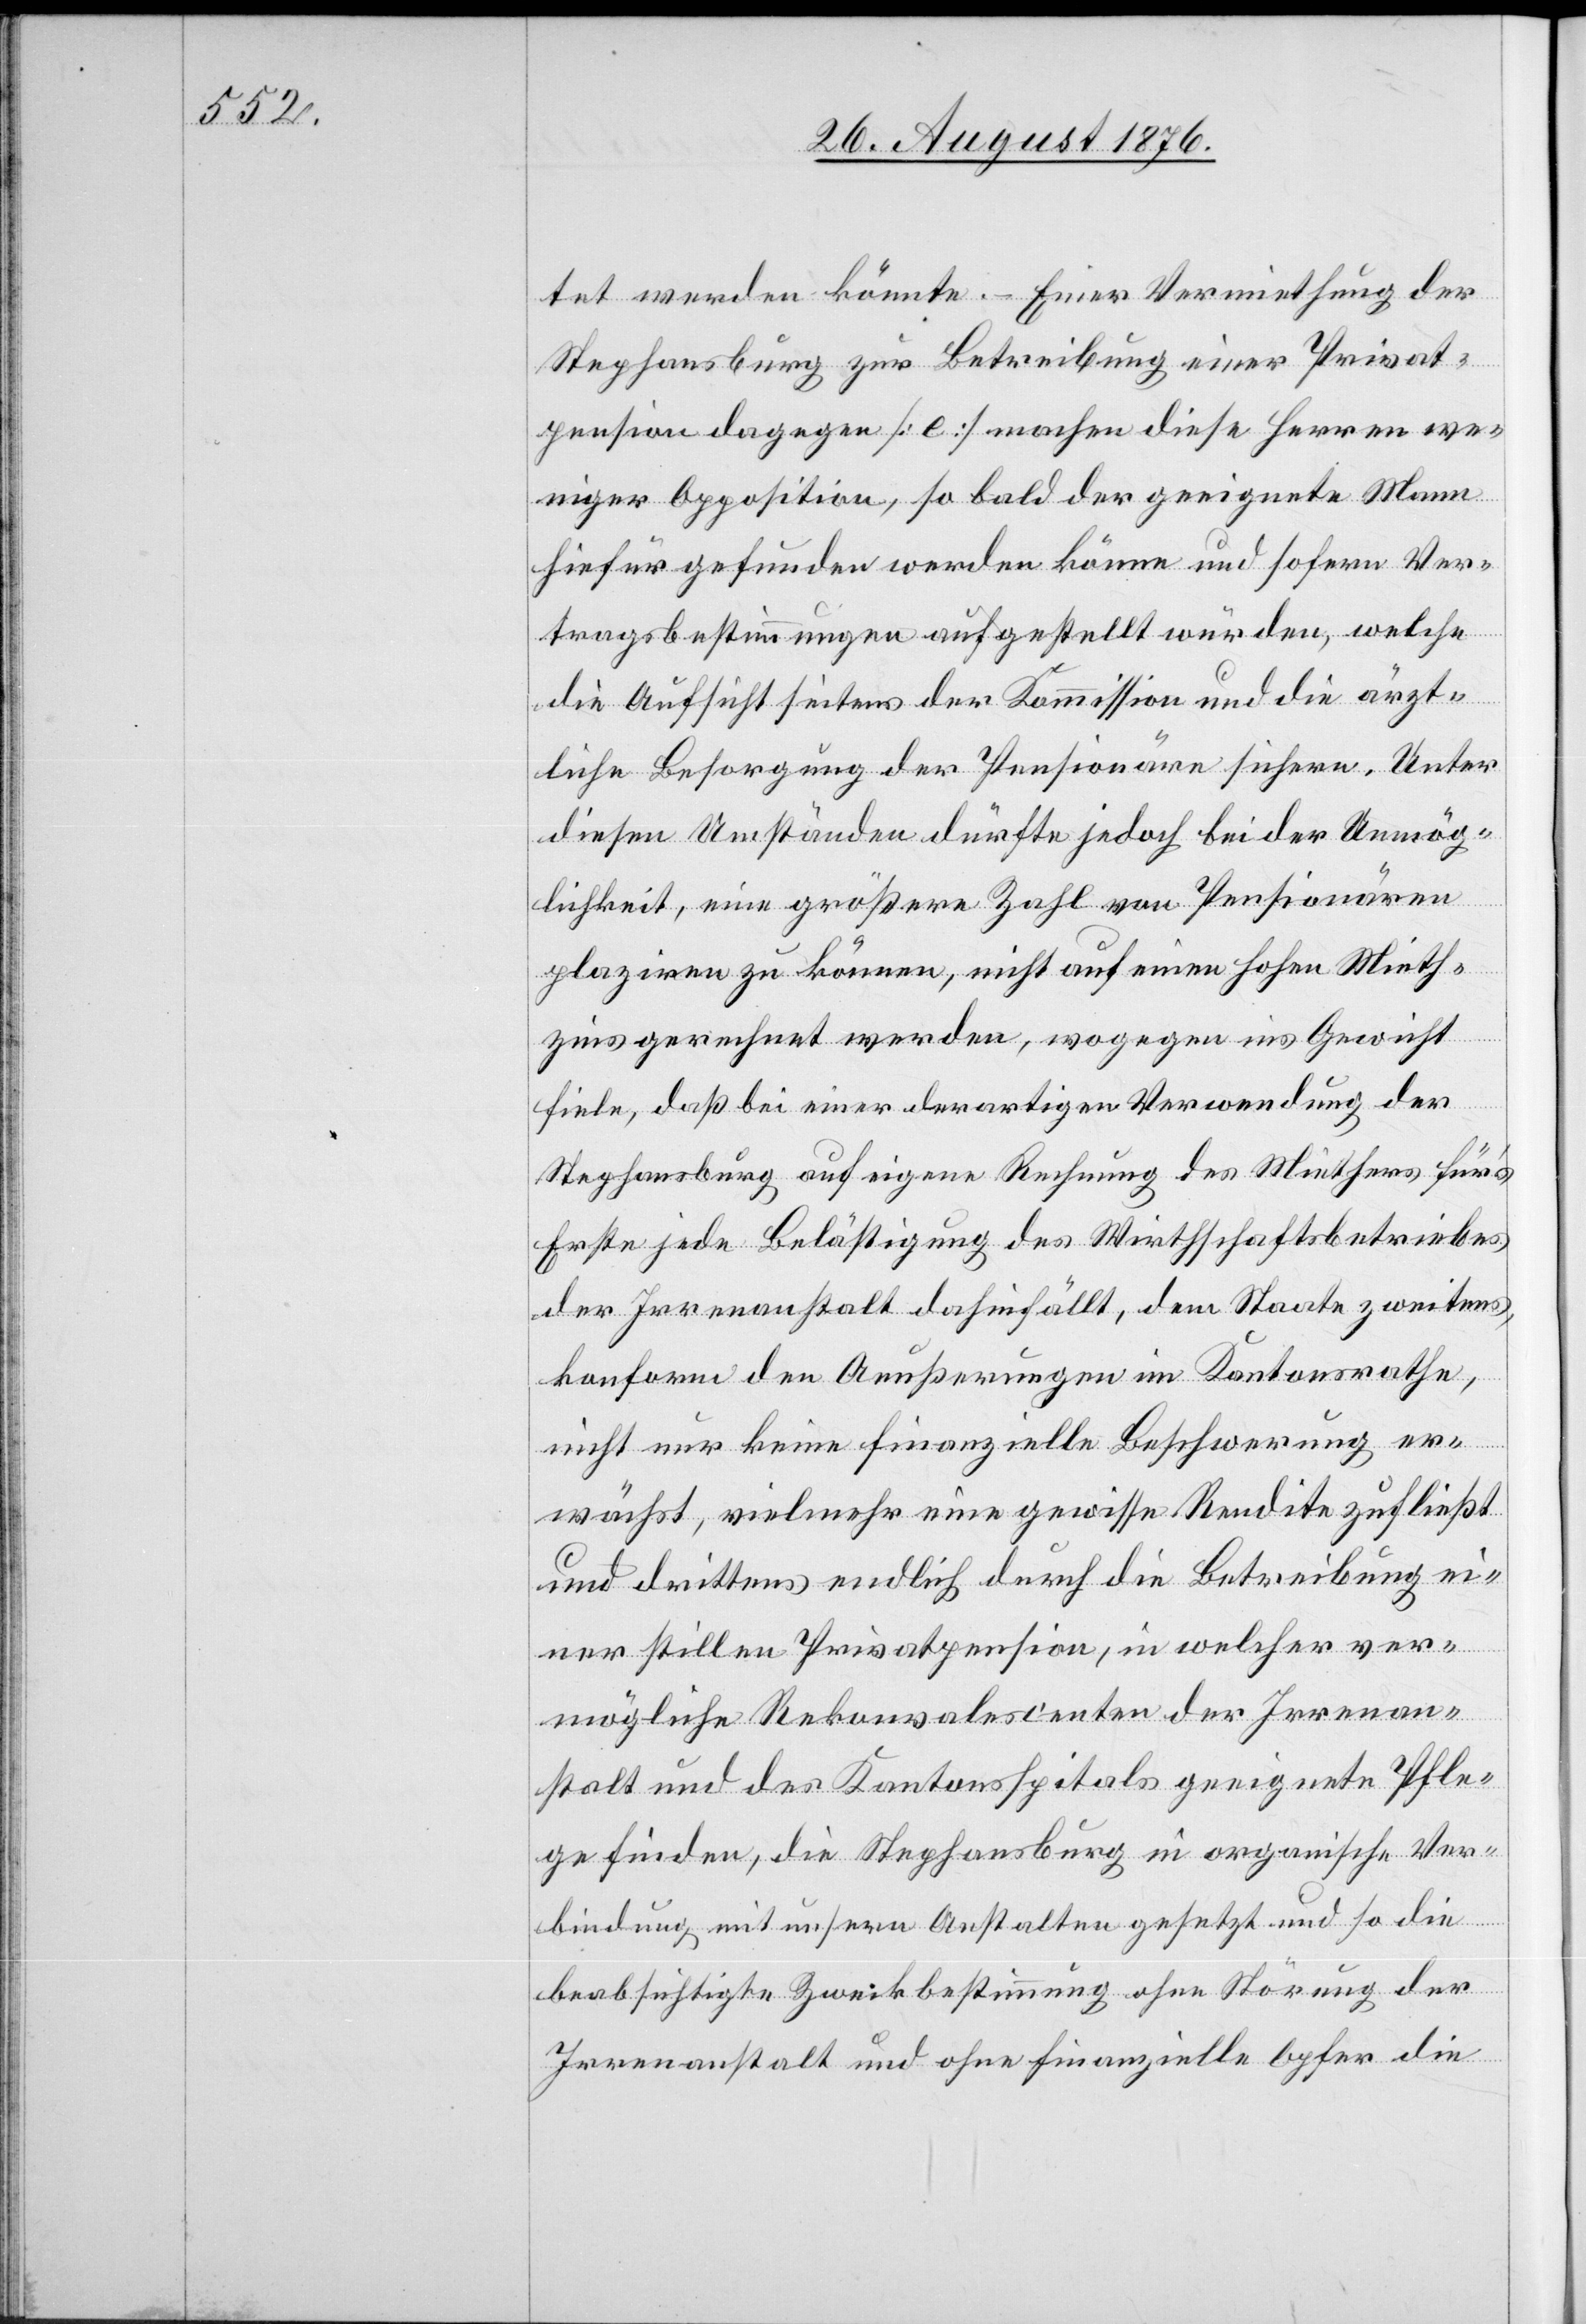
tet werden könnte. – Einer Vermiethung der
Stephansburg zur Betreibung einer Privat¬
pension dagegen [e] machen diese Herren we¬
niger Apposition, so bald der geeignete Mann
hierfür gefunden werden könne und sofern Ver¬
tragsbestimmungen aufgestellt würden, welche
die Aufsicht seitens der Kommission und die ärzt¬
liche Besorgung der Pensionäre sichern. Unter
diesen Umständen dürfte jedoch bei der Unmög¬
lichkeit, eine größere Zahl von Pensionären
plaziren zu können, nicht auf einen hohen Mieth¬
zins gerechnet werden, wogegen ins Gewicht
fiele, daß bei einer derartigen Verwendung der
Stephansburg auf eigene Rechnung des Miethers für’s
Erste jede Belästigung des Wirthschaftsbetriebes
der Irrenanstalt dahinfällt, dem Staate zweitens,
konform den Aeußerungen im Kantonsrathe,
nicht nur keine finanzielle Beschwerung er¬
wächst, vielmehr eine gewisse Rendite zufließt
und drittens endlich durch die Betreibung ei¬
ner stillen Privatpension, in welcher ver¬
mögliche Rekonvalescenten der Irrenan¬
stalt und des Kantonsspitals geeignete Pfle¬
ge finden, die Stephansburg in organische Ver¬
bindung mit unsern Anstalten gesetzt und so die
beabsichtigte Zweckbestimmung ohne Störung der
Irrenanstalt und ohne finanzielle Opfer die